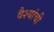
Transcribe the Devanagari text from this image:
वैश्यांची